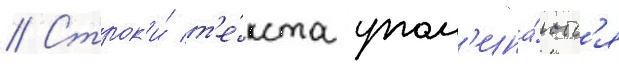
// Строк'и́ т'е́кста упом'ина́ютс'я